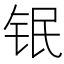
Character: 𲇸